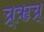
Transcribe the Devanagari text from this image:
च्र्ॠच्र्